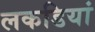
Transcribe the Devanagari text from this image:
लकडियां